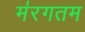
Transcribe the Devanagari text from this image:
म॑रगतम